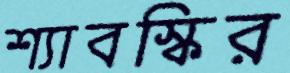
শ্যাবস্কির